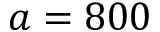
a = 8 0 0